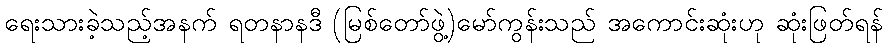
ရေးသားခဲ့သည့်အနက် ရတနာနဒီ (မြစ်တော်ဖွဲ့)မော်ကွန်းသည် အကောင်းဆုံးဟု ဆုံးဖြတ်ရန်